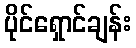
ပိုင်ရှောင်ချန်း